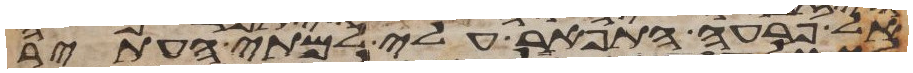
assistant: אל פרעה התפאר עלי למתי אעתיר